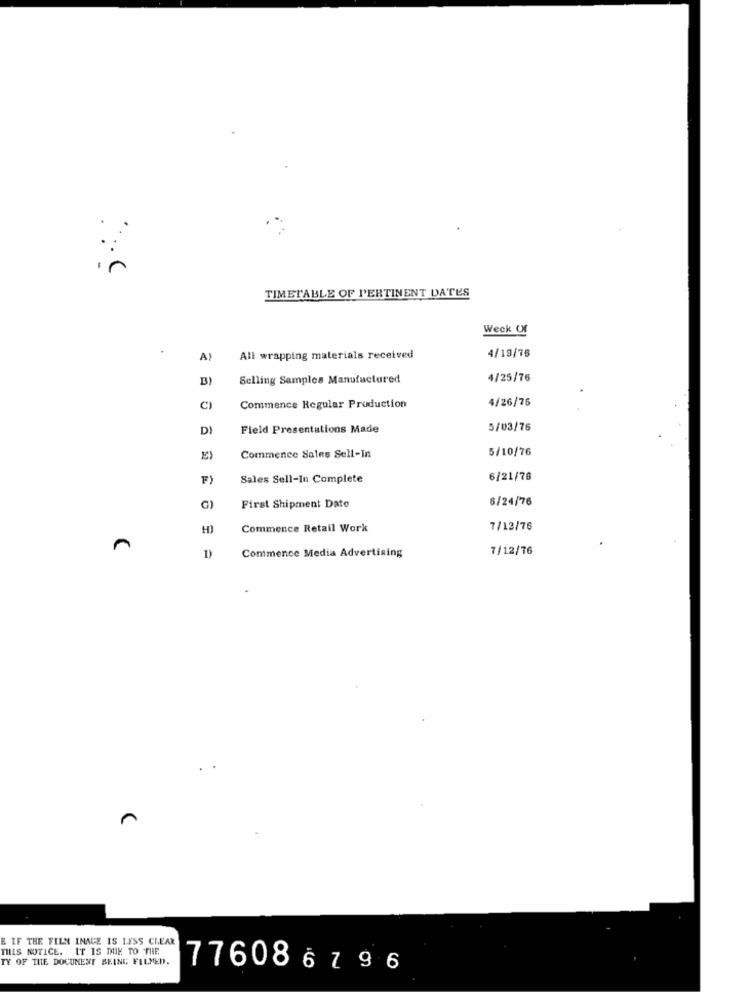
TIMETABLE OF PERTINENT DATES
Week Of
A)
All wrapping materials received
4/19/76
B)
Selling Samples Manufactured
4/25/76
4/26/76
U
Commence Regular Production
DI
Field Presentations Made
5/03/76
5/10/76
Commence Sales Sell-In
F)
Sales Sell-In Complete
6/21/76
6/24/76
G)
First Shipment Dato
Commence Retail Work
7/12/76
Commence Media Advertising
7/12/76
E IF THE FILN IMAGE IS LESS CLEAR
THIS NOTICE. IT IS MIN TO THE
TY OF THE DOCUMENT BEING FILMED.
776086796